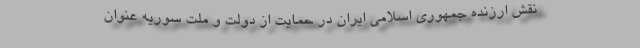
نقش ارزنده جمهوری اسلامی ایران در حمایت از دولت و ملت سوریه عنوان